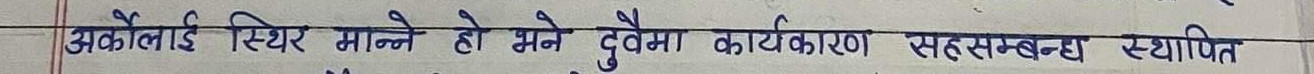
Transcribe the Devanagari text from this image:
औंकोलॉजी स्थिर मान्ने हो भने दुवैमा कार्यकरण सहसम्बन्ध स्थापित